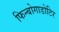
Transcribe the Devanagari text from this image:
फिन्बोगाडोटिर